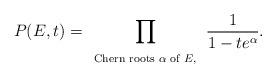
LaTeX: \begin{align*}P(E,t)=\prod _{\begin{array}{c} \mbox{\scriptsize Chern roots $\alpha$ of $E,$}\\ \end{array}} \frac{1}{1-te^{\alpha}}.\\ \end{align*}